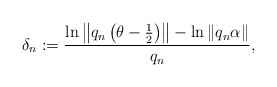
\begin{align*} \delta_{n}:=\frac{\ln \left\|q_{n}\left(\theta-\frac{1}{2}\right)\right\|-\ln \left\|q_{n} \alpha\right\|}{q_{n}},\end{align*}